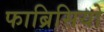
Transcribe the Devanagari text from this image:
फाब्रिसियो